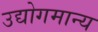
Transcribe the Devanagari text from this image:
उद्योगमान्य